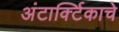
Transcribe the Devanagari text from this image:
अंटार्क्टिकाचे